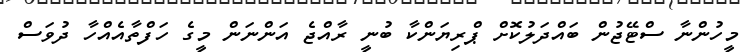
މީހުންނާ ސްޓޭޖުން ބައްދަލުކޮށް ޕްރިޔަންކާ ބުނީ ރާއްޖެ އަންނަން މީގެ ހަފްތާއެއްހާ ދުވަސް